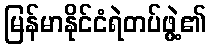
မြန်မာနိုင်ငံရဲတပ်ဖွဲ့၏